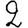
Digit: 2